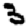
Digit: 3